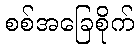
စစ်အခြေစိုက်